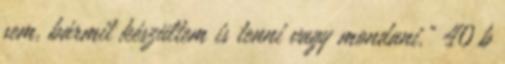
sem, bármit készültem is tenni vagy mondani.” 40 b